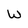
Character: W